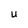
Character: u